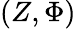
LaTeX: (Z,\Phi)